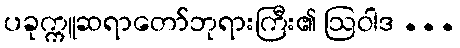
ပခုက္ကူဆရာတော်ဘုရားကြီး၏ ဩဝါဒ ...